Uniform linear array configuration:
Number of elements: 24
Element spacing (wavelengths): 0.5
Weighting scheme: uniform
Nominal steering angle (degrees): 0
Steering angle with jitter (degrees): -0.5364
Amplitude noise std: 0.05
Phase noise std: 0.05

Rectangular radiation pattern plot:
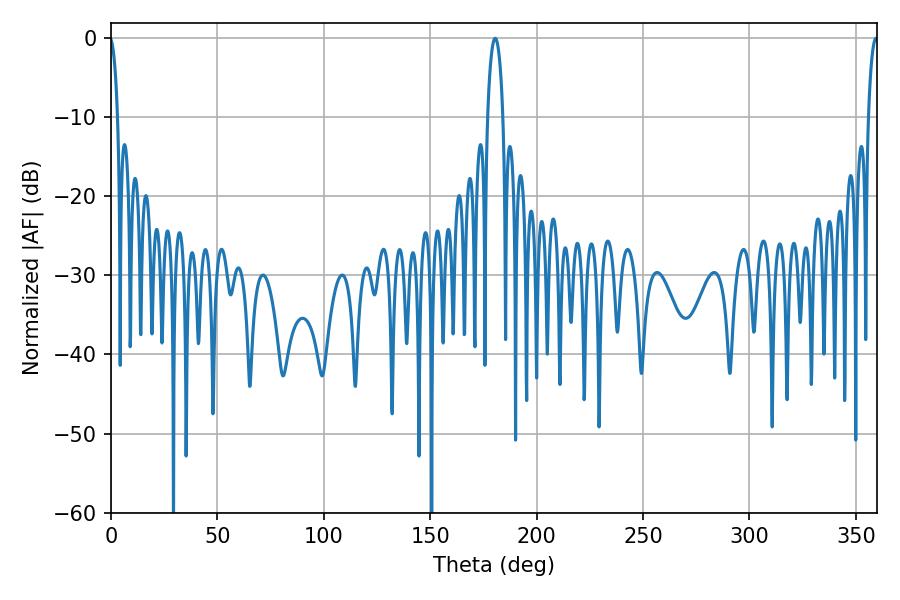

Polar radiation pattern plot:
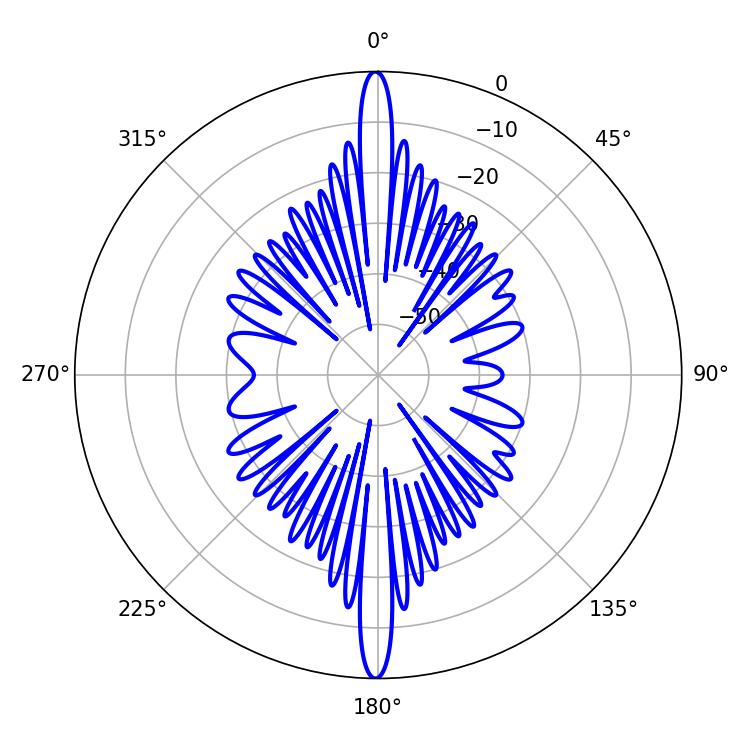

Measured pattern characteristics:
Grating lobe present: FALSE
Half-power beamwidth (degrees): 2.52
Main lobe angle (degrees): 359.46